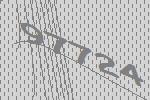
97724